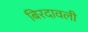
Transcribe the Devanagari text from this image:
बिरदावली